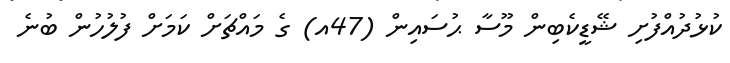
ކުޅުދުއްފުށި ޝޭޑީކެބިން މޫސާ ޙުސައިން (47އ) ގެ މައްޗަށް ކަމަށް ފުލުހުން ބުނެ